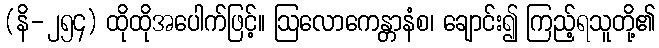
(နိ-၂၅၄) ထိုထိုအပေါက်ဖြင့်။ ဩလောကေန္တာနံစ၊ ချောင်း၍ ကြည့်ရသူတို့၏